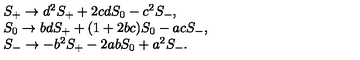
\begin{array} { l } { S _ { + } \rightarrow d ^ { 2 } S _ { + } + 2 c d S _ { 0 } - c ^ { 2 } S _ { - } , } \\ { S _ { 0 } \rightarrow b d S _ { + } + ( 1 + 2 b c ) S _ { 0 } - a c S _ { - } , } \\ { S _ { - } \rightarrow - b ^ { 2 } S _ { + } - 2 a b S _ { 0 } + a ^ { 2 } S _ { - } . } \\ \end{array}